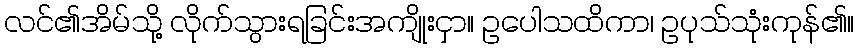
လင်၏အိမ်သို့ လိုက်သွားရခြင်းအကျိုးငှာ။ ဥပေါသထိကာ၊ ဥပုသ်သုံးကုန်၏။